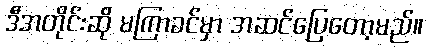
ဒီအတိုင်းဆို မကြာခင်မှာ အဆင်ပြေတော့မည်။